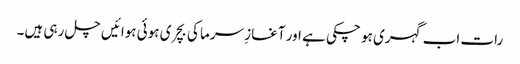
رات اب گہری ہو چکی ہے اور آغازِ سرما کی بچری ہوئی ہوائیں چل رہی ہیں۔